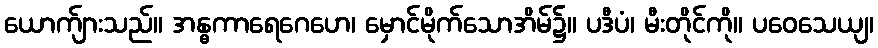
ယောက်ျားသည်။ အန္ဓကာရေဂေဟေ၊ မှောင်မိုက်သောအိမ်၌။ ပဒီပံ၊ မီးတိုင်ကို။ ပဝေသေယျ၊